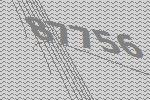
87756